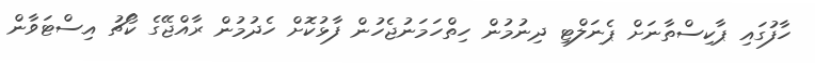
ހާފުގައި ޕާކިސްތާނަށް ޕެނަލްޓި ދިނުމުން ހިތްހަމަނުޖެހުން ފާޅުކޮށް ހެދުމުން ރާއްޖޭގެ ކޯޗު އިސްޓަވާން